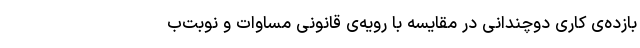
بازده‌ی کاری دوچندانی در مقایسه با رویه‌ی قانونی مساوات و نوبت‌‌ب